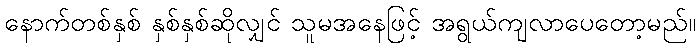
နောက်တစ်နှစ် နှစ်နှစ်ဆိုလျှင် သူမအနေဖြင့် အရွယ်ကျလာပေတော့မည်။